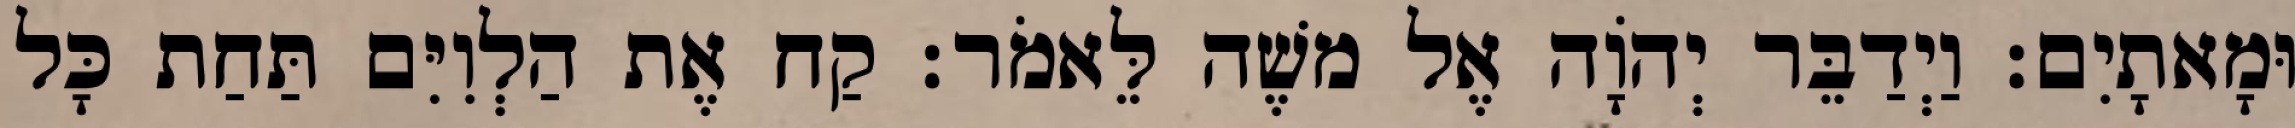
וּמָאתָיִם׃ וַיְדַבֵּר יְהוָֹה אֶל משֶׁה לֵּאמֹר׃ קַח אֶת הַלְוִיִּם תַּחַת כָּל